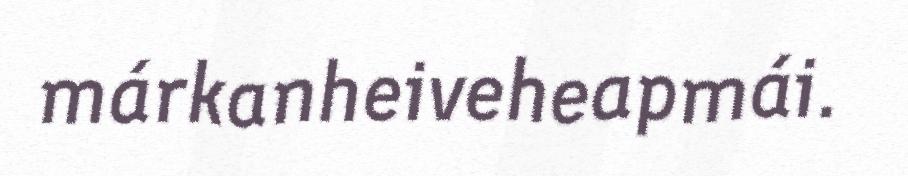
márkanheiveheapmái.